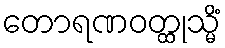
တောရဏဝတ္ထုသ္မိံ